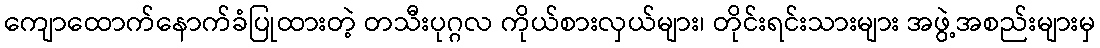
ကျောထောက်နောက်ခံပြုထားတဲ့ တသီးပုဂ္ဂလ ကိုယ်စားလှယ်များ၊ တိုင်းရင်းသားများ အဖွဲ့အစည်းများမှ